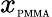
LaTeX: x_{\textrm{\tiny\textrm{PMMA}}}